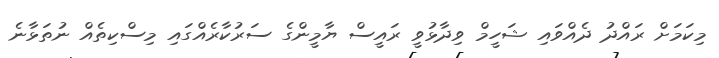
މިކަމަށް ރައްދު ދެއްވައި ޝަހީމް ވިދާޅުވީ ރައީސް ޔާމީންގެ ސަރުކާރެއްގައި މިސްކިތެއް ނުތަޅާނެ